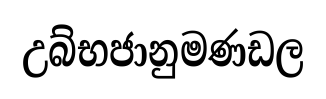
උබ්භජානුමණඩල